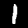
Label: 1